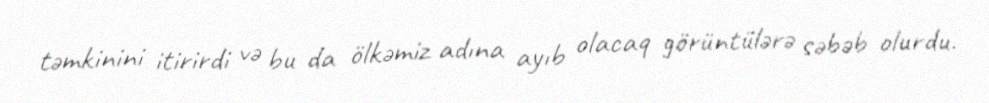
təmkinini itirirdi və bu da ölkəmiz adına ayıb olacaq görüntülərə səbəb olurdu.